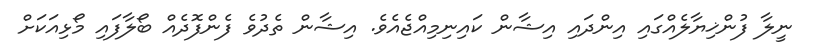
ނީލާ ފުންޚިޔާލެއްގައި އިންދައި އިޝާން ކައިނިމިއްޖެއެވެ. އިޝާން ތެދުވެ ފެންފޮދެއް ބޯލާފައި މޯޅިއަކަށް